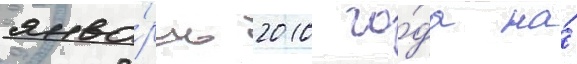
янва́рь 2010 го́да на́